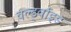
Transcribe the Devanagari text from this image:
वर्ल्ड्वाइड